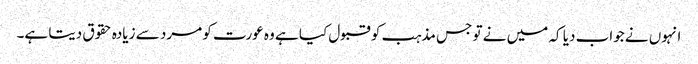
انہوں نے جواب دیا کہ میں نے تو جس مذہب کو قبول کیا ہے وہ عورت کو مرد سے زیادہ حقوق دیتا ہے۔